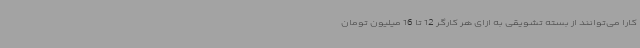
کارا می‌توانند از بسته تشویقی به ازای هر کارگر 12 تا 16 میلیون تومان